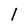
Character: l